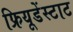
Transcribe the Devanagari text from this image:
फ्रियूडेंस्टाट